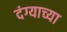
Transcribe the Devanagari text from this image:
दंग्याच्या